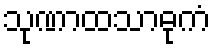
သုဏာထသာဓုကံ